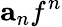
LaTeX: \mathbf{a}_{n}f^{n}